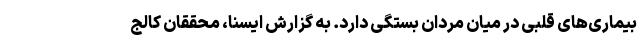
بیماری‌های قلبی در میان مردان بستگی دارد. به گزارش ایسنا، محققان کالج